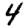
Digit: 4